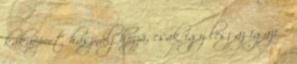
kakaóport használj hozzá, csak így lesz az igazi 1